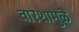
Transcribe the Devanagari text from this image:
वारशामुळे